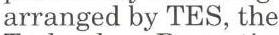
arranged by TES, the